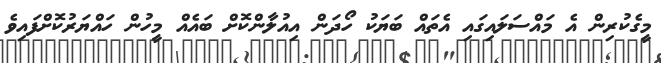
މީގެކުރިން އެ މައްސަލައިގައި އެތައް ބަޔަކު ހޯދަން އިއުލާންކޮށް ބައެއް މީހުން ހައްޔަރުކޮށްފައިވެ